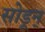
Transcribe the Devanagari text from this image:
सोडून्